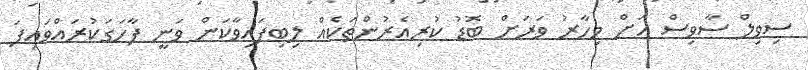
ސިވިލް ސާވިސް އަށް މިހާރު ވަރަށް ބޮޑު ކުރިއެރުންތަކެއް ލިބިފައިވާކަން ވަނީ ފާހަގަކުރައްވައިފަ